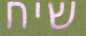
שיח